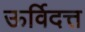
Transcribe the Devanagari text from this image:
ऊर्विदत्त